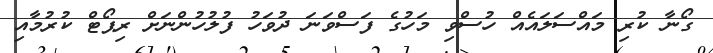
ގޯނާ ކުރި މައްސަލައެއް ހުސްވި މަހުގެ ފަސްވަނަ ދުވަހު ފުލުހުންނަށް ރިޕޯޓް ކުރުމާއި